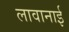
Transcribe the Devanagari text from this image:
लावानाई